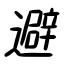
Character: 避